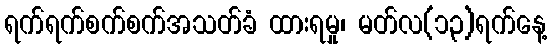
ရက်ရက်စက်စက်အသတ်ခံ ထားရမှု၊ မတ်လ(၁၃)ရက်နေ့